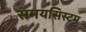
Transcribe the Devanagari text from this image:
समयसिस्टम